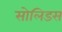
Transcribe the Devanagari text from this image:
सोलिडस